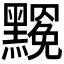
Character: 𪒣